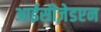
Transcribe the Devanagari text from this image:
आईसीज़ेडएन